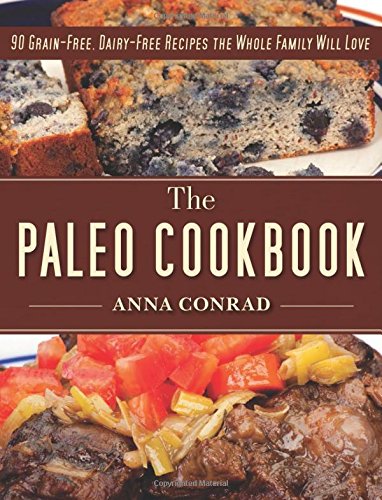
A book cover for The Paleo Cookbook: 90 Grain-Free, Dairy-Free Recipes the Whole Family Will Love; Anna Conrad; Health, Fitness & Dieting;